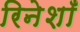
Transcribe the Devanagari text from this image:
रिनेशाँ